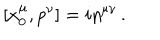
[ x _ { 0 } ^ { \mu } , p ^ { \nu } ] = i \eta ^ { \mu \nu } \, .